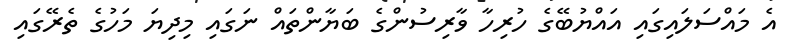
އެ މައްސަލައިގައި އައްޔުބޭގެ ހުރިހާ ވާރިސުންގެ ބަޔާންތައް ނަގައި މިދިޔަ މަހުގެ ތެރޭގައި